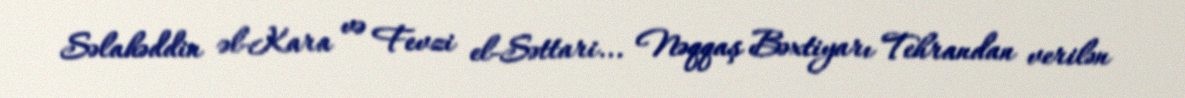
Səlahəddin əl-Kara və Fevzi el-Səttari... Nəqqaş Bəxtiyarı Tehrandan verilən